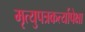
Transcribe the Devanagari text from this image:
मृत्युपत्रकर्त्यापेक्षा